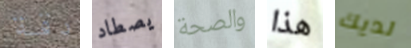
دقة يصطاد والصحة هذا لديك